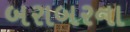
બરાબરના